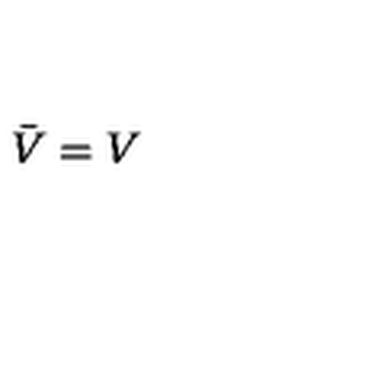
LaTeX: \bar { V } = V